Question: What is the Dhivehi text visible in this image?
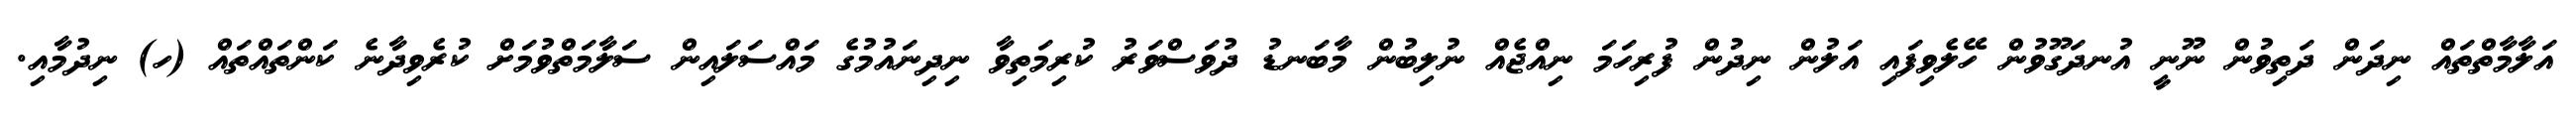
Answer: އަލާމާތްތައް ނިދަން ދަތިވުން ނޫނީ އުނދަގޫވުން ހޭލެވިފައި އަލުން ނިދުން ފުރިހަމަ ނިއްޖެއް ނުލިބުން މާބަނޑު ދުވަސްވަރު ކުރިމަތިވާ ނިދިނައުމުގެ މައްސަލައިން ސަލާމަތްވުމަށް ކުރެވިދާނެ ކަންތައްތައް (ހ) ނިދުމާއި.